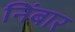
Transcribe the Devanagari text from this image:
निंबार